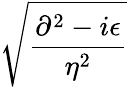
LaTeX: \sqrt{\frac{\partial^{2}-i\epsilon}{\eta^{2}}}